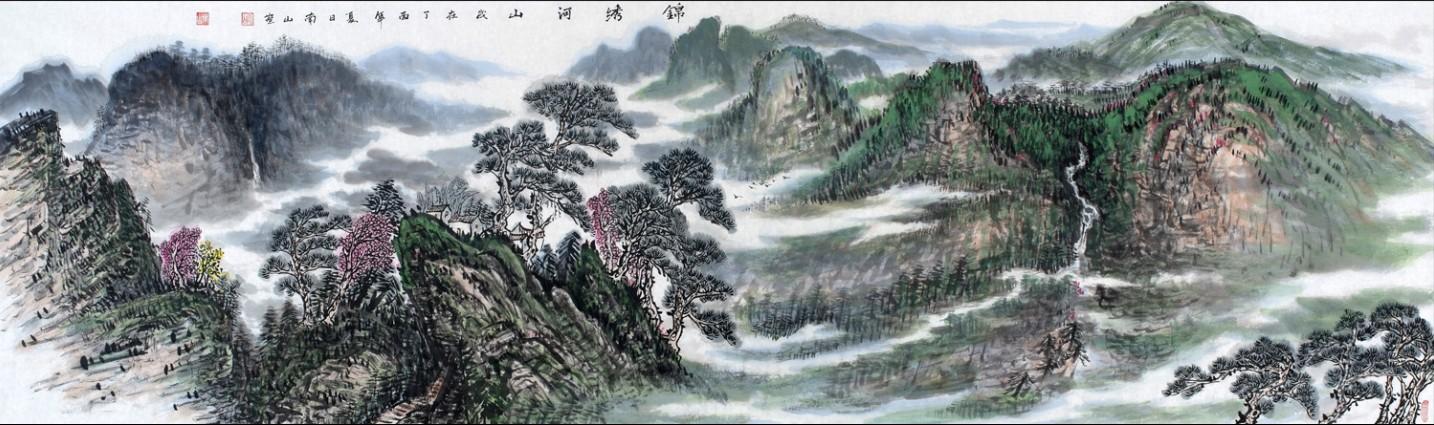
清江一曲抱村流，长夏江村事事幽。